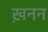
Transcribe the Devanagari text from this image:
ख़नन